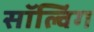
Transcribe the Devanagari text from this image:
सॉल्विंग